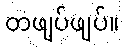
တဖျပ်ဖျပ်။